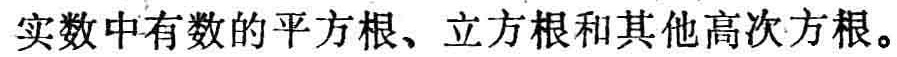
实数中有数的平方根、立方根和其他高次方根。